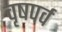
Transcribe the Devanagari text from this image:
वृषपर्व